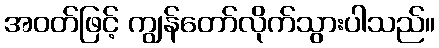
အဝတ်ဖြင့် ကျွန်တော်လိုက်သွားပါသည်။